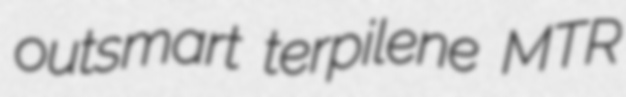
outsmart terpilene MTR